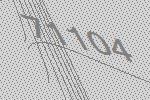
71104